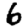
Digit: 6